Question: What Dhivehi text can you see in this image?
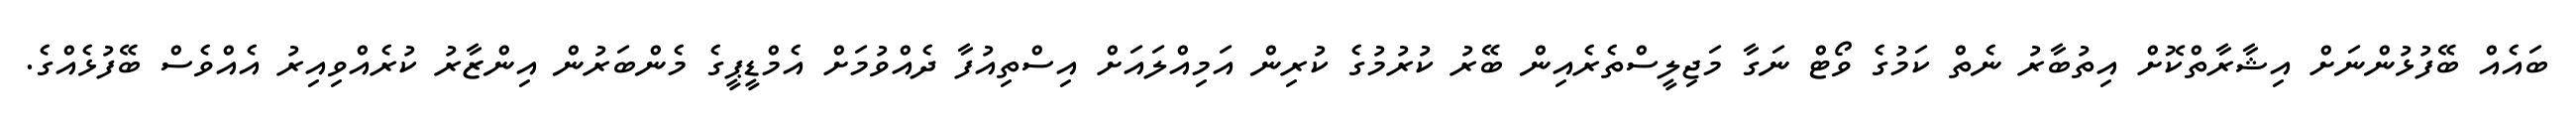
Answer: ބައެއް ބޭފުޅުންނަށް އިޝާރާތްކޮށް އިތުބާރު ނެތް ކަމުގެ ވޯޓް ނަގާ މަޖިލީސްތެރެއިން ބޭރު ކުރުމުގެ ކުރިން އަމިއްލައަށް އިސްތިއުފާ ދެއްވުމަށް އެމްޑީޕީގެ މެންބަރުން އިންޒާރު ކުރެއްވިއިރު އެއްވެސް ބޭފުޅެއްގެ.